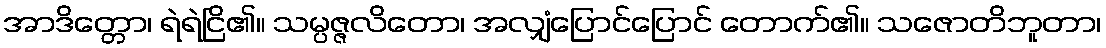
အာဒိတ္တော၊ ရဲရဲငြိ၏။ သမ္ပဇ္ဇလိတော၊ အလျှံပြောင်ပြောင် တောက်၏။ သဇောတိဘူတာ၊